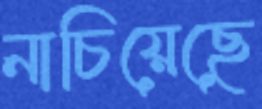
নাচিয়েছে